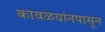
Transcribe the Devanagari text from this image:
कावळयांनपासून